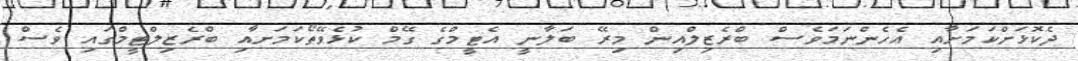
ދެކޮޅަށްކަމަށާއި އެހެންނަމަވެސް ބްރެޒިލްއިން މިރޭ ބަލާނީ އެޓީމްގެ ގޭމް ކުޅެވޭތޯކަމަށާއި ބްރެޒިލްޓީމްގައި ވެސް